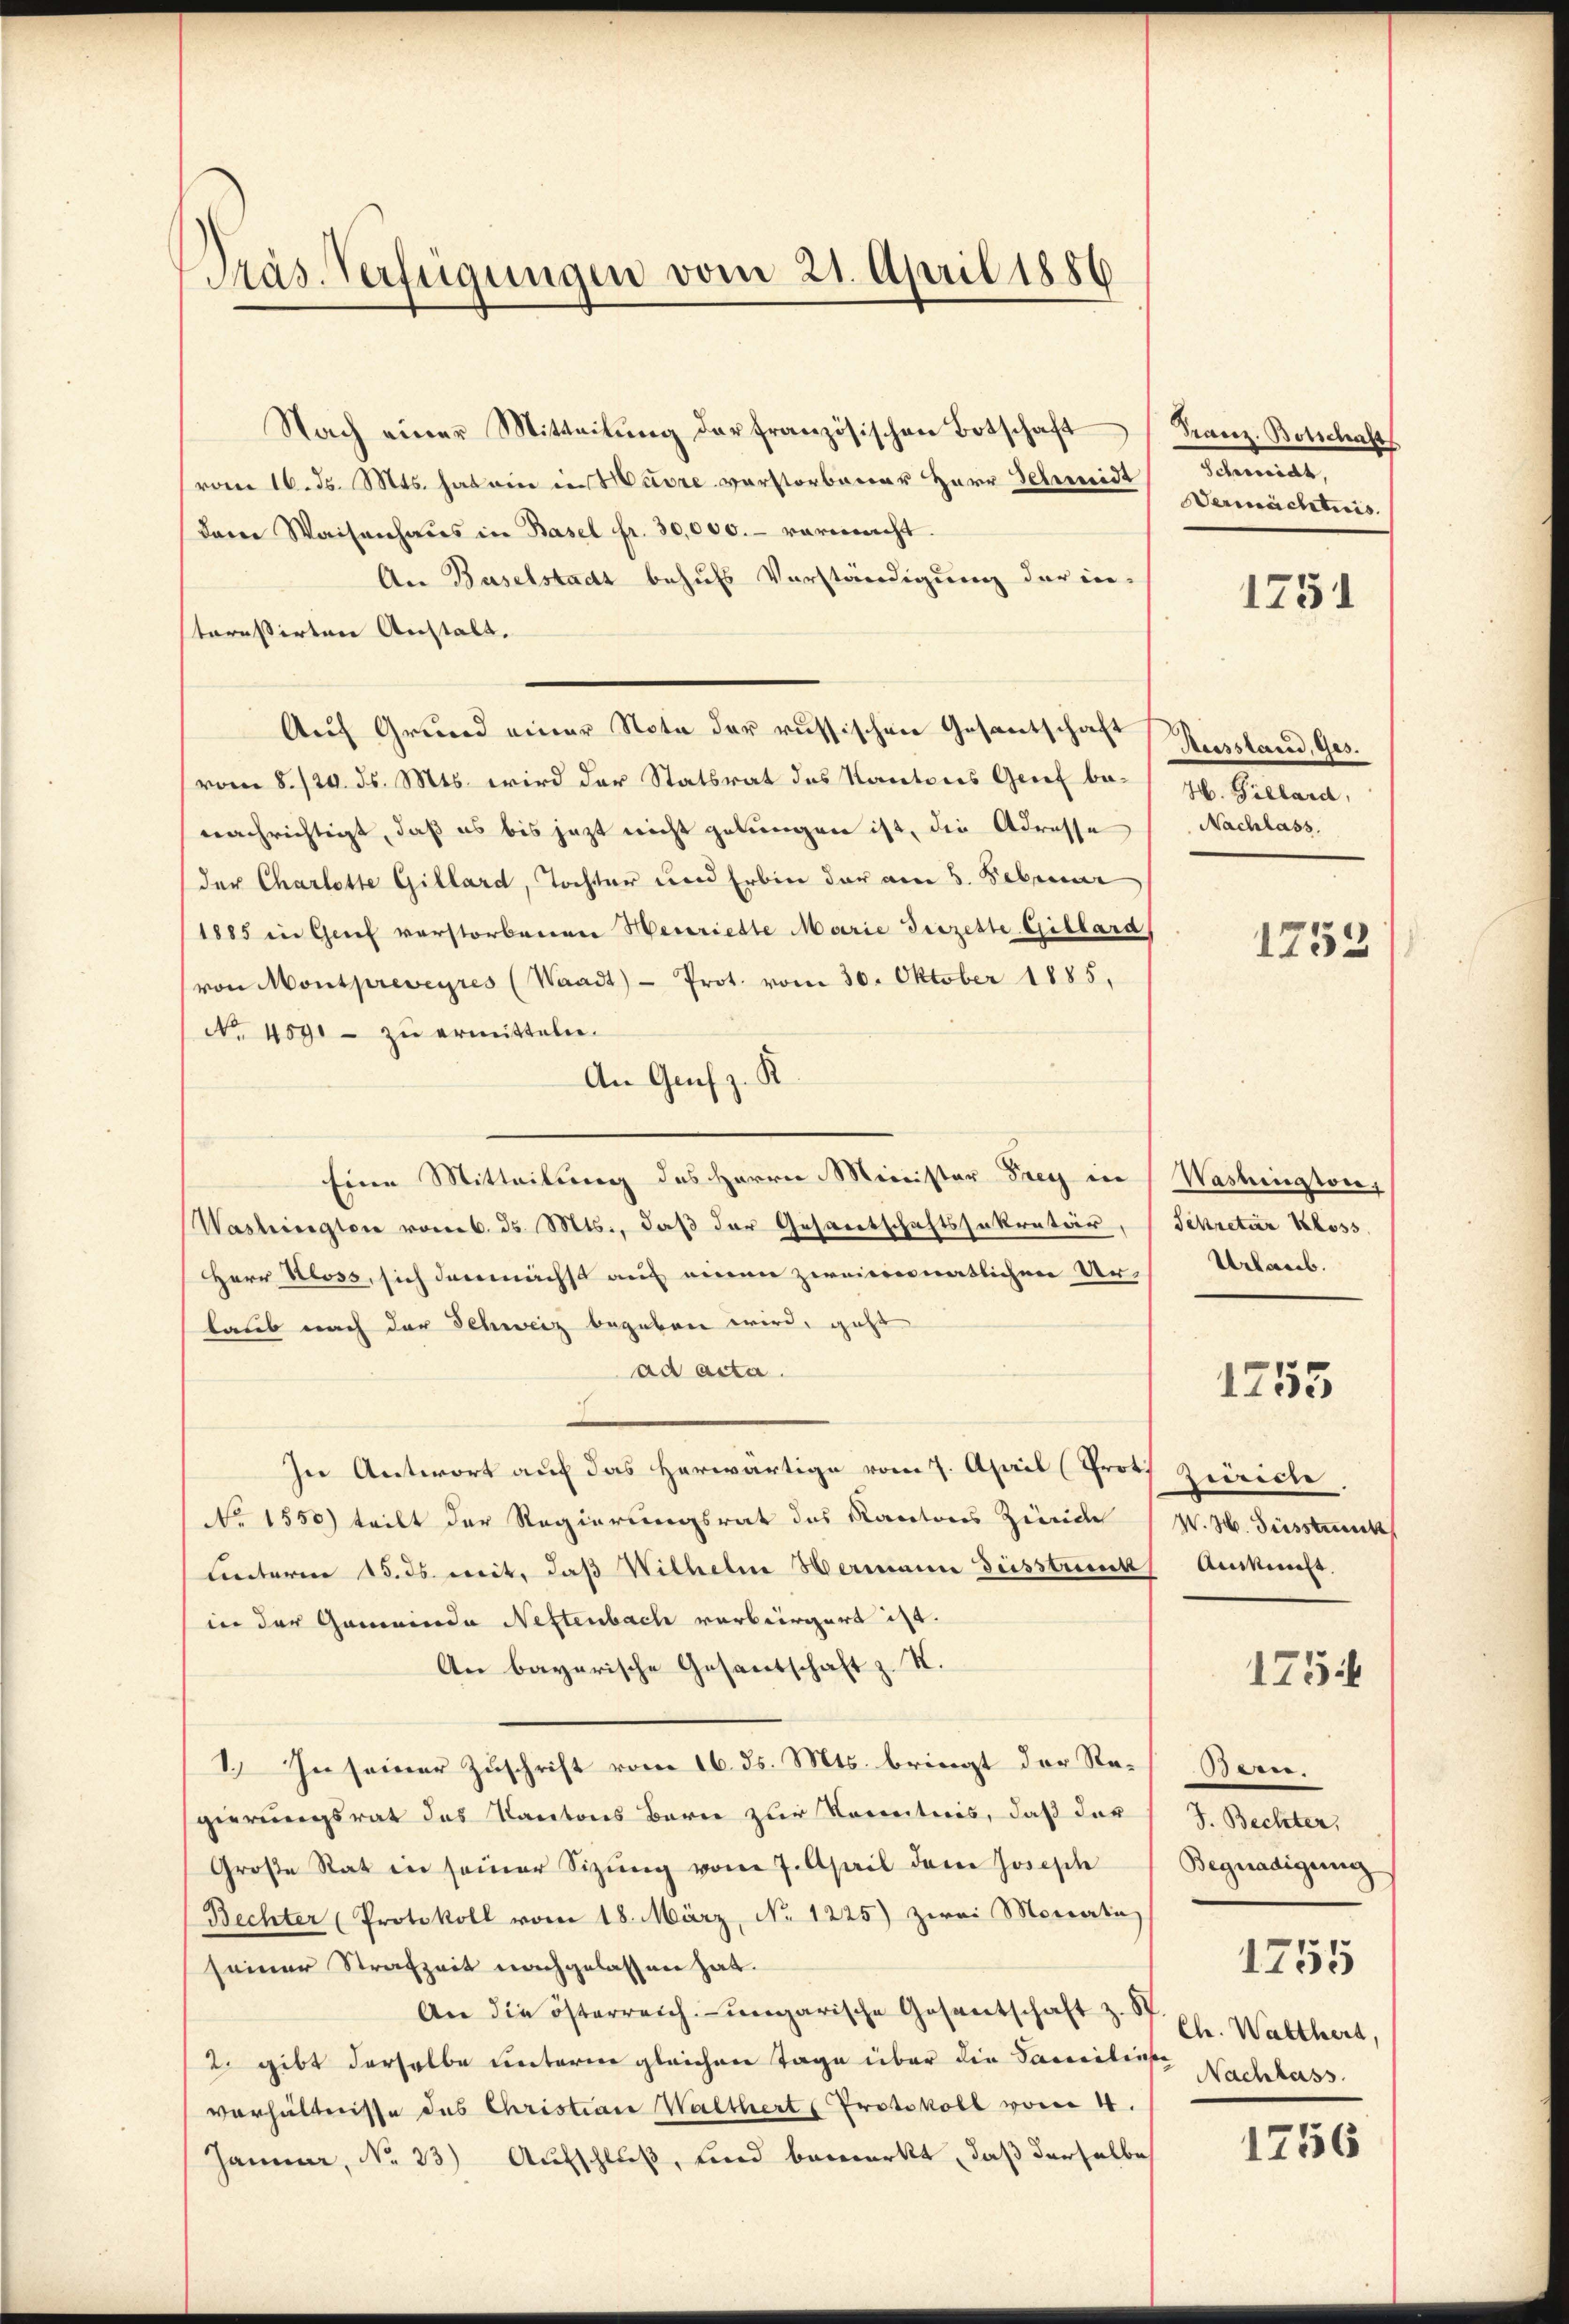
Präs. Verfügungen vom 21. April 1886

Nach einer Mitteilŭng der französischen Botschaft
(vom 16. ds. Mts. hat ein in Havre verstorbener Herr Schmidt Schmidt,
dam Waisenhaŭs in Basel fr. 30,000.- vermacht.
An Baselstadt behufs Vorständigung der ine-
teressirten Anstalt.
Auf Grund einer Note der russischen Gesantschaft
vom 8. 124. ds. Mts. wird der Statsrat des Kantons Genf benachrichtigt, daß es bis jezt nicht gelungen ist, die Adresse Nachlass.
der Charlotte Gillard, Tochter und Erbin der am 5. Februar
1885 in Genf verstorbenen Henriette Marie Geizette Gillard
(von Montpreveyres (Waadt) - Prot. vom 30. Oktober 1885,
No. 459 - zu ermitteln.
An Graf z. R.
Eine Mitteilung des Herrn Minister Frey in Washington,
Wasteinigten vom 6. ds. Mts., daß der Gesandtschaftssekretär, (Sekretär Kloss
Herr Ross, sich demnächst auf einen zweimonatlichen Urlaub nach der Schweiz begeben wird, geht
ad acta.
In Antwort auf das herwärtige vom 7. April (Proth Zürich
No 1550) tritt der Regierungsrat des Kantons Züric (W. H. Süssteck
Lnterm 15. ds. weit, daß Wilhelm Hermann desstreiks Auskunft.
in der Gemeinde Neftenbach verbiirgert ist.
An bayerische Gesantschaft z. K.
1.) In seiner Zuschrift vom 16. ds. Mts. bringt der Rath Bern.
gierungsrat des Kantons Bern zur Kenntnis, daß der J. Bechter,
Große Rat in seiner Sitzŭng vom 7. April dem Joseph Begnadigung
Bechter (Protokoll vom 18. März, No. 1225) zwei Monata
seiner Strafzeit nachgelassen hat.
An die österreich-ungarische Gesantschaft z. S
2. gibt derselbe unterm gleichen Tage über die Sacriliste Nachlass
verhältnisse des Christian Walthert Protokoll vom 4.
Janna, No 33) Aufschluß, und bemerkt, daß derselbe

Franz. Botschaft
Vermächtnis.

1751

Ausstand, Ges.
H. Gillard,

1753

Urlaub.

1255

175

1755
Ch. Walthert,

1756